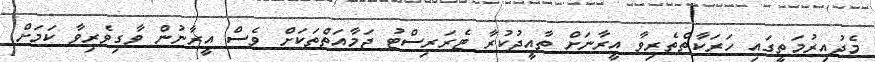
މެދުއިރުމަތީގައި ހަރަކާތްތެރިވާ އީރާނަށް ތާއީދުކުރާ ޓެރަރިސްޓު ޖަމާއަތްތަކަށް ވެސް އީރާނުން ވާގިވެރިވާ ކަމަށް